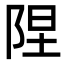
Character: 陧